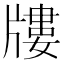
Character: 𤗬